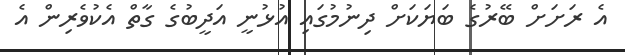
އެ ރަށަށް ބޭރުގެ ބަޔަކަށް ދިނުމުގައި އުޅުނީ އަދީބުގެ ގާތް އެކުވެރިން އެ